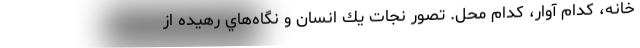
خانه، كدام آوار، كدام محل. تصور نجات يك انسان و نگاه‌هاي رهيده از